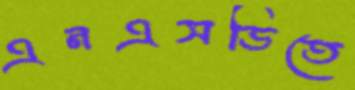
এনএসডিতে